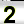
Digit: 2